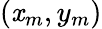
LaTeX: (\mathit{x}_{m},y_{m})